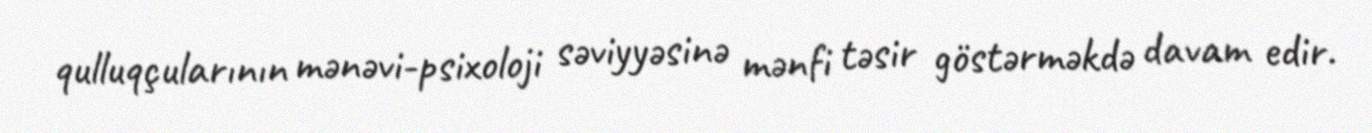
qulluqçularının mənəvi-psixoloji səviyyəsinə mənfi təsir göstərməkdə davam edir.